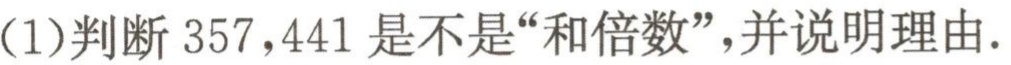
(1)判断 \(357,441\) 是不是“和倍数”，并说明理由.